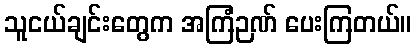
သူငယ်ချင်းတွေက အကြံဉဏ် ပေးကြတယ်။